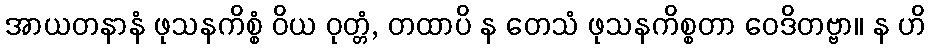
အာယတနာနံ ဖုသနကိစ္စံ ဝိယ ဝုတ္တံ, တထာပိ န တေသံ ဖုသနကိစ္စတာ ဝေဒိတဗ္ဗာ။ န ဟိ